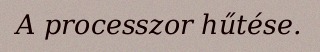
A processzor hűtése.